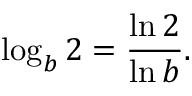
\log _ { b } 2 = { \frac { \ln 2 } { \ln b } } .